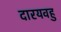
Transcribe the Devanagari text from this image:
दारयवहु